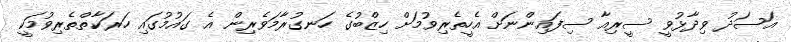
އަސަދު ވިދާޅުވީ ސީރިއާ ސިފައިންނަށް އެހީތެެރިވުމަށް ހިޒްބުގެ ހަނގުރާމަވެރިން އެ ގައުމުގައި ހަރަކާތްތެރިވުމަކީ